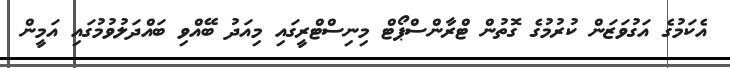
އެކަމުގެ އަގުވަޒަން ކުރުމުގެ ގޮތުން ޓްރާންސްޕޯޓް މިނިސްޓްރީގައި މިއަދު ބޭއްވި ބައްދަލުވުމުގައި އަމީން